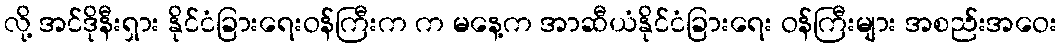
လို့ အင်ဒိုနီးရှား နိုင်ငံခြားရေးဝန်ကြီးက က မနေ့က အာဆီယံနိုင်ငံခြားရေး ဝန်ကြီးများ အစည်းအဝေး